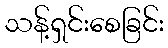
သန့်ရှင်းစေခြင်း